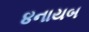
૪નાયબ